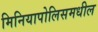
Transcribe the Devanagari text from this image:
मिनियापोलिसमधील